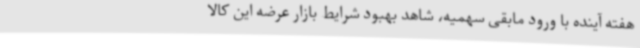
هفته آینده با ورود مابقی سهمیه، شاهد بهبود شرایط بازار عرضه این کالا